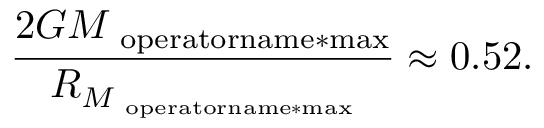
{ \frac { 2 G { M } _ { \mathrm { \ o p e r a t o r n a m e * { m a x } } } } { { R } _ { { M } _ { \mathrm { \ o p e r a t o r n a m e * { m a x } } } } } } \approx 0 . 5 2 .